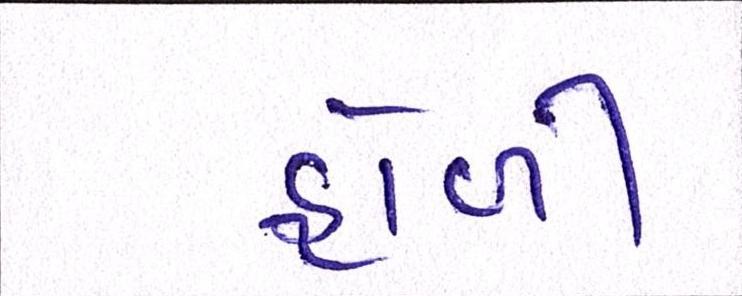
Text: હોળી